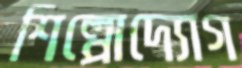
শিল্পোদ্যোগ